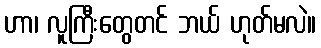
ဟာ၊ လူကြီးတွေတင် ဘယ် ဟုတ်မလဲ။